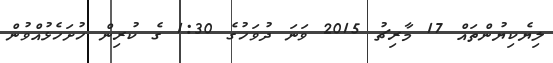
ލިޔެކިޔުންތައް 17 މާރިޗު 2015 ވަނަ ދުވަހުގެ 1:30 ގެ ކުރިން ހުށަހެޅުއްވުން